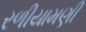
રળીયામણી